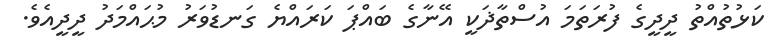
ކަޅުތުއްތު ދީދީގެ ފުރަތަމަ އުސްތާޛަކީ އޭނާގެ ބައްޕަ ކަރައްޔެ ގަނޑުވަރު މުޙައްމަދު ދީދީއެވެ.